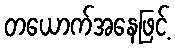
တယောက်အနေဖြင့်